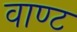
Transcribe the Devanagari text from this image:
वाण्ट